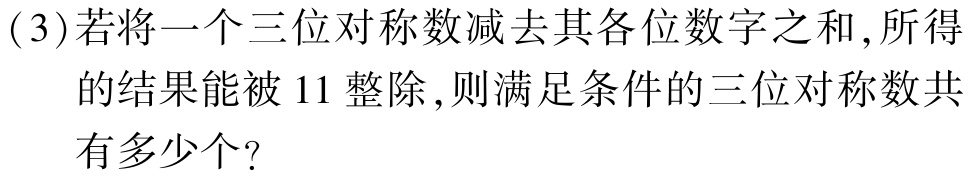
(3)若将一个三位对称数减去其各位数字之和,所得

的结果能被 \(11\) 整除,则满足条件的三位对称数共

有多少个?